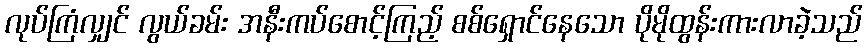
လုပ်ကြံလျှင် လွယ်ခမ်း အနီးကပ်စောင့်ကြည့် စစ်ရှောင်နေသော ပိုမိုထွန်းကားလာခဲ့သည်